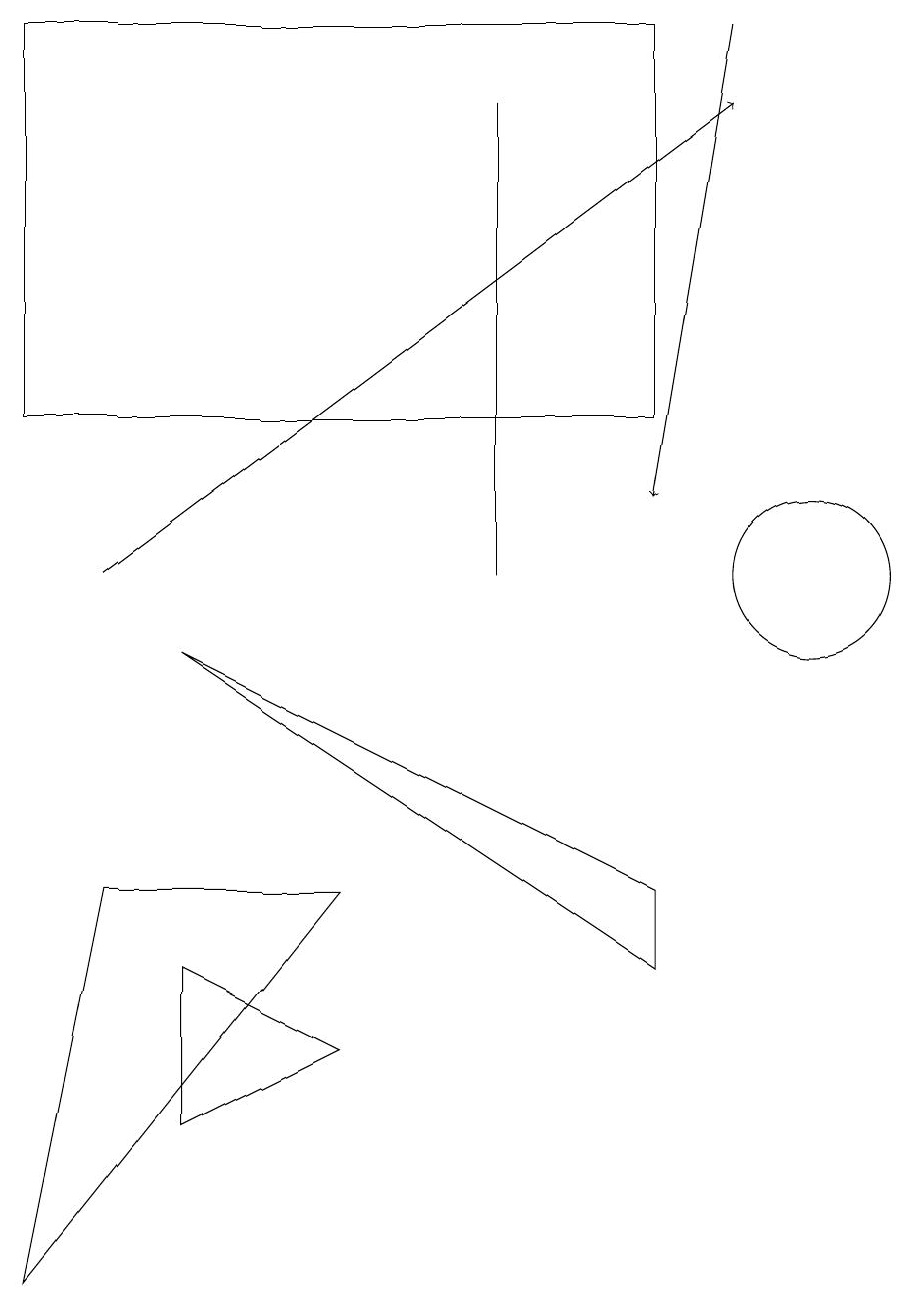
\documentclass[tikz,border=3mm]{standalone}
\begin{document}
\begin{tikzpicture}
\draw (4,6) -- (0,1) -- (1,6) -- cycle;
\draw[->] (9,17) -- (8,11);
\draw (8,12) rectangle (0,17);
\draw (2,9) -- (8,5) -- (8,6) -- cycle;
\draw[->] (1,10) -- (9,16);
\draw (10,10) circle (1);
\draw (2,3) -- (2,5) -- (4,4) -- cycle;
\draw (6,10) rectangle (6,16);
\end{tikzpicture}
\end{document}